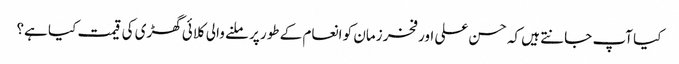
کیا آپ جانتے ہیں کہ حسن علی اور فخر زمان کو انعام کے طور پر ملنے والی کلائی گھڑی کی قیمت کیا ہے؟